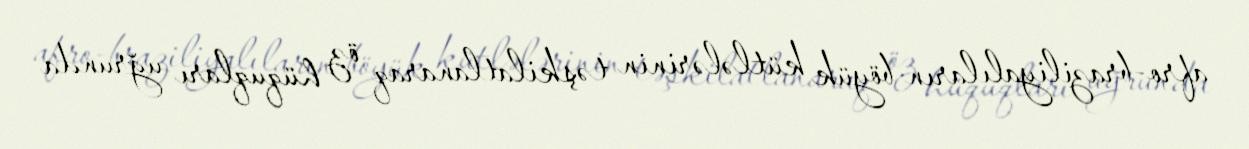
afro-braziliyalıların böyük kütlələrinin təşkilatlanaraq öz hüquqları uğrunda